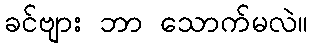
ခင်ဗျား ဘာ သောက်မလဲ။